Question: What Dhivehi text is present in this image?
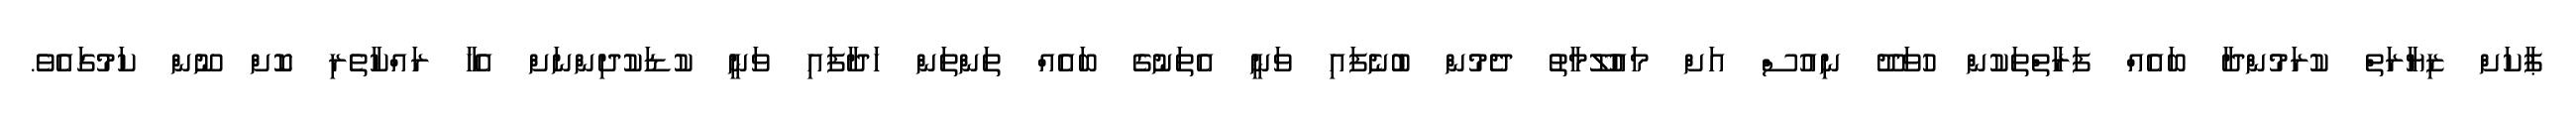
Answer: ޕާކަށް ޒިޔާރަތް ކުރަމުންދާ ބައެއް ފަރާތްތަކުން ހުވަދޫ ނިއުސް އަށް މައުލޫމާތު ދެމުން ބުނެފައި ވަނީ އެތަނުގެ ބައެއް ތަންތަން ހަދާފައި ވަނީ ކުޑަކުދިންނަށް އެހާ ރައްކާތެރި ކޮށް ނޫން ކަމުގައެވެ.